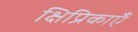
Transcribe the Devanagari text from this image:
क्षिप्रिकाएँ